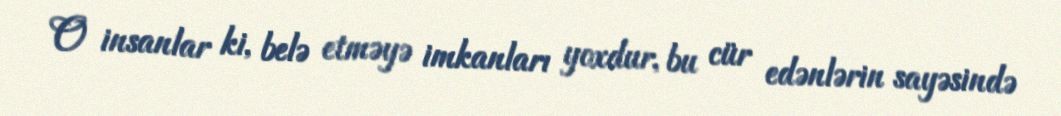
O insanlar ki, belə etməyə imkanları yoxdur, bu cür edənlərin sayəsində